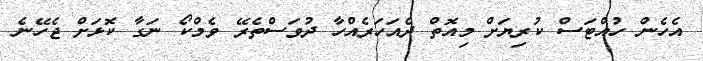
އެހެން ހުއްޓަސް ކުރިޔަށް މިއޮތް ދެއަހަރެއްހާ ދުވަސްތެރޭ ވެމްކޯ ނަގާ ކޮޅަށް ޖެހޭނެ